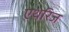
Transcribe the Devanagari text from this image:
एथेरिज